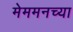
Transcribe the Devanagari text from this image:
मेममनच्या